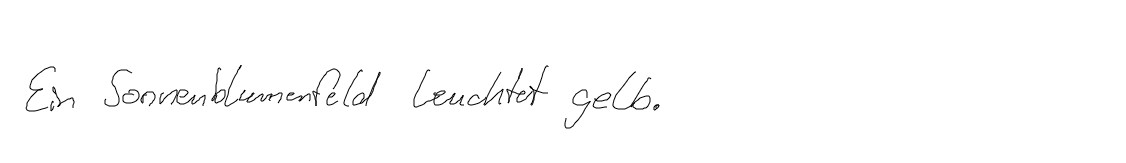
Ein Sonnenblumenfeld leuchtet gelb.